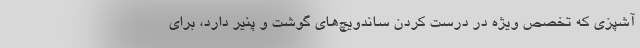
آشپزی که تخصص ویژه در درست کردن ساندویچ‌های گوشت و پنیر دارد، برای